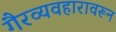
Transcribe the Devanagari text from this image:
गैरव्यवहारावरून